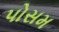
પોસમ